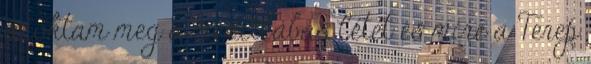
szoktam meg a mezítlábas létet és mire a Terep